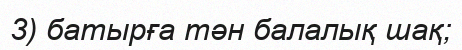
3) батырға тән балалық шақ;